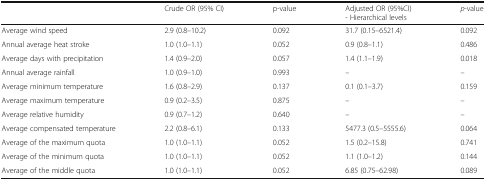
<table><thead><tr><td></td><td><b>Crude OR (95% CI)</b></td><td><b>p-value</b></td><td><b>Adjusted OR (95%CI) - Hierarchical levels</b></td><td><b><i>p</i>-value</b></td></tr></thead><tbody><tr><td>Average wind speed</td><td>2.9 (0.8–10.2)</td><td>0.092</td><td>31.7 (0.15–6521.4)</td><td>0.092</td></tr><tr><td>Annual average heat stroke</td><td>1.0 (1.0–1.1)</td><td>0.052</td><td>0.9 (0.8–1.1)</td><td>0.486</td></tr><tr><td>Average days with precipitation</td><td>1.4 (0.9–2.0)</td><td>0.057</td><td>1.4 (1.1–1.9)</td><td>0.018</td></tr><tr><td>Annual average rainfall</td><td>1.0 (0.9–1.0)</td><td>0.993</td><td>–</td><td>–</td></tr><tr><td>Average minimum temperature</td><td>1.6 (0.8–2.9)</td><td>0.137</td><td>0.1 (0.1–3.7)</td><td>0.159</td></tr><tr><td>Average maximum temperature</td><td>0.9 (0.2–3.5)</td><td>0.875</td><td>–</td><td>–</td></tr><tr><td>Average relative humidity</td><td>0.9 (0.7–1.2)</td><td>0.640</td><td>–</td><td>–</td></tr><tr><td>Average compensated temperature</td><td>2.2 (0.8–6.1)</td><td>0.133</td><td>5477.3 (0.5–5555.6)</td><td>0.064</td></tr><tr><td>Average of the maximum quota</td><td>1.0 (1.0–1.1)</td><td>0.052</td><td>1.5 (0.2–15.8)</td><td>0.741</td></tr><tr><td>Average of the minimum quota</td><td>1.0 (1.0–1.1)</td><td>0.052</td><td>1.1 (1.0–1.2)</td><td>0.144</td></tr><tr><td>Average of the middle quota</td><td>1.0 (1.0–1.1)</td><td>0.052</td><td>6.85 (0.75–62.98)</td><td>0.089</td></tr></tbody></table>